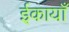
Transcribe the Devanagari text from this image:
ईकायाँ